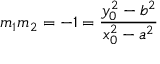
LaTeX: m _ { 1 } m _ { 2 } = - 1 = { \frac { y _ { 0 } ^ { 2 } - b ^ { 2 } } { x _ { 0 } ^ { 2 } - a ^ { 2 } } }